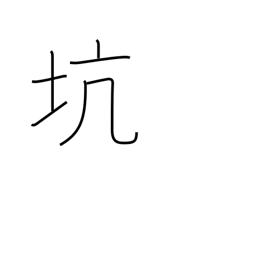
Meaning: hole